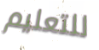
للتعليم